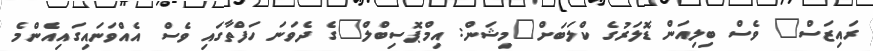
ރައިޒަސް" ވެސް ބިލިއަން ޑޮލަރުގެ ކްލަބަށް"މިޝަން: އިމްޕޮސިބްލް"ގެ ދެވަނަ ހަފްތާގައި ވެސް އެއްވަނައިގައިއެންމެ